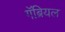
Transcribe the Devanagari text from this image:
गॅब्रियल